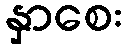
နှာစေး